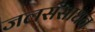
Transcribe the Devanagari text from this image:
जलसंसाधन